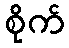
စိုက်